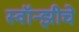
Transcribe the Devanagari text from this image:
स्वॉन्झीचे